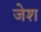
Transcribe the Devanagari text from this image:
जेश